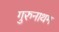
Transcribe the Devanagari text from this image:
गुरुनाथम